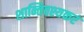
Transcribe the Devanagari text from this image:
शान्तिवश्यकरं